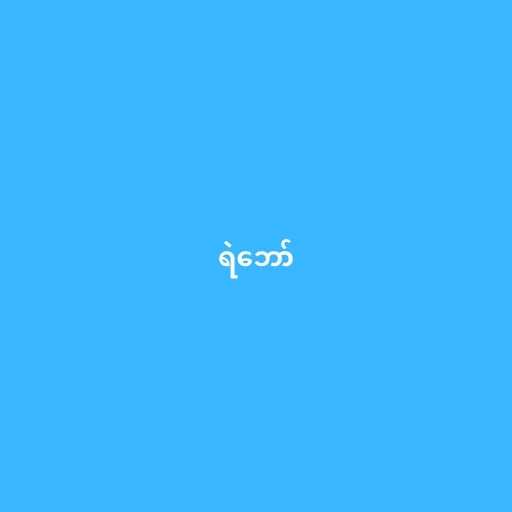
ရဲဘော်